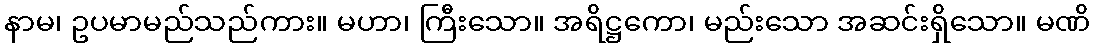
နာမ၊ ဥပမာမည်သည်ကား။ မဟာ၊ ကြီးသော။ အရိဋ္ဌကော၊ မည်းသော အဆင်းရှိသော။ မဏိ